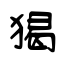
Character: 猲